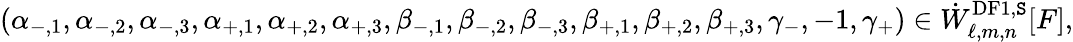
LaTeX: (\alpha_{-,1},\alpha_{-,2},\alpha_{-,3},\alpha_{+,1},\alpha_{+,2},\alpha_{+,3},\beta_{-,1},\beta_{-,2},\beta_{-,3},\beta_{+,1},\beta_{+,2},\beta_{+,3},\gamma_{-},-1,\gamma_{+})\in\dot{W}_{\ell,m,n}^{\mathrm{DF1},\mathtt{S}}[F],